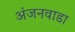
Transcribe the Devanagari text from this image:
अंजनवाडा